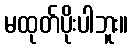
မထုတ်ပိုးပါဘူး။